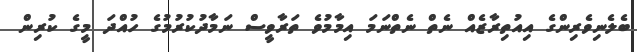
ބެލެނިވެރިންގެ އިއުތިރާޒެއް ނެތް ނެތްނަމަ އިމާމުވެ ތަރާވީސް ނަމާދުކުރުމުގެ ހުއްދަ މީގެ ކުރިން